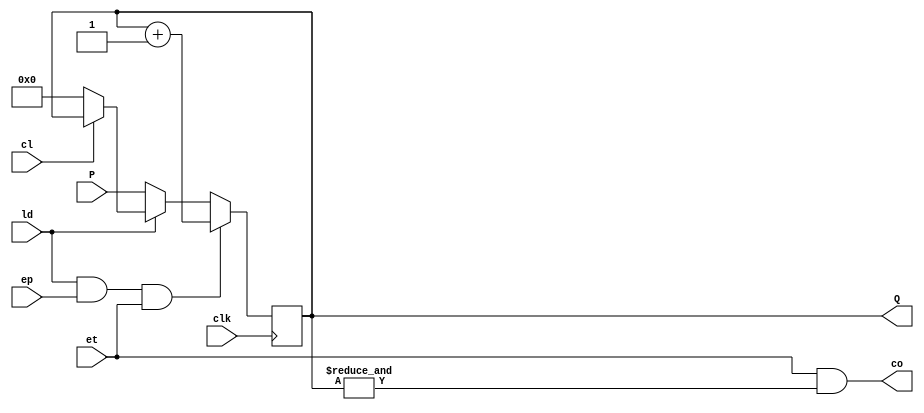

module x74161 (
  input cl,
  input clk,
  input ld,
  input ep,
  input et,
  input [3:0] P,
  output reg [3:0] Q,
  output co
);

wire [3:0] nq = Q + 4'd1;
assign co = et & (&Q);

always @(posedge clk) begin
  if (~cl) Q <= 4'd0;
  if (~ld) Q <= P;
  if (ld & ep & et) Q <= nq;
end

endmodule